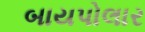
બાયપોલાર